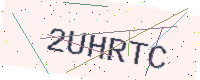
Text: 2UHRTC